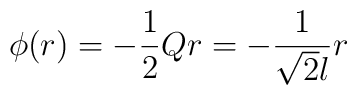
\phi(r)=-\frac12 Qr =-\frac{1}{\sqrt{2}l} r